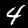
Digit: 4